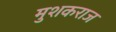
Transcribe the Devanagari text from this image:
मुशकराज